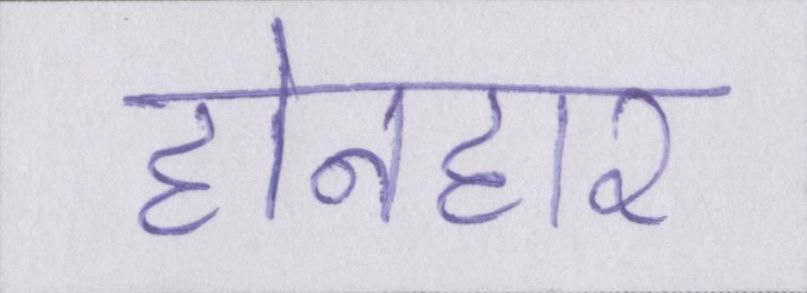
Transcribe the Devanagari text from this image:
होनहार